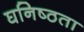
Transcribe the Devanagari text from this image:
घनिष्‍ठता